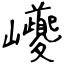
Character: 巙